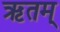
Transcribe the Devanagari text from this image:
ऋतम्